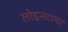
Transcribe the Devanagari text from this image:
लोइनटामर